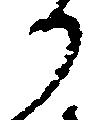
り